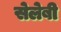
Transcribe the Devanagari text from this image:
सेलेबी